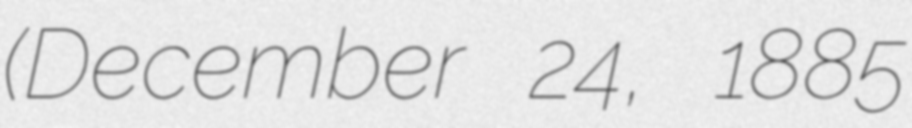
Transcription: (December 24, 1885